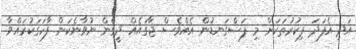
އަދި އެފަދަ ފިކުރުތަކަށް މި ފަސްގަނޑުން އެއްވެސް ޖާގައެއް ދީގެން ނުވާނެކަން ފާހަގަކުރައްވާ